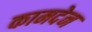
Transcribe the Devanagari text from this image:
कामदेन